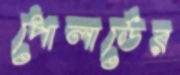
পোলার্ডের